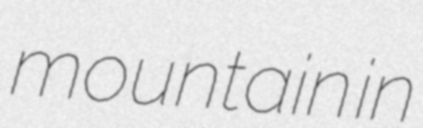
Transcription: mountain in